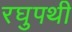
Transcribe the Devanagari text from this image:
रघुपथी